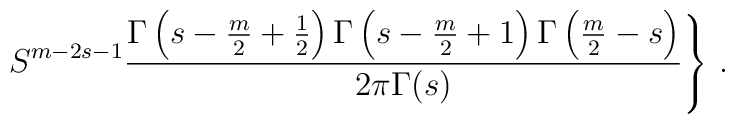
\left.S^{m-2s-1}\frac{\Gamma \left( s-\frac m2 +\frac12\right)\Gamma \left( s-\frac m2 +1 \right)\Gamma \left( \frac m2 -s\right)}{2\pi\Gamma (s)}\right\}\,.